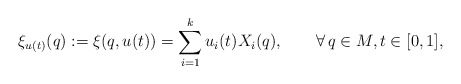
\begin{align*} \xi_{u(t)}(q):=\xi(q,u(t))=\sum_{i=1}^k u_i(t) X_i(q),\qquad\forall\, q\in M, t\in[0,1],\end{align*}